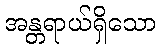
အန္တရာယ်ရှိသော